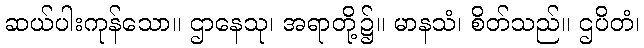
ဆယ်ပါးကုန်သော။ ဌာနေသု၊ အရာတို့၌။ မာနသံ၊ စိတ်သည်။ ဌပိတံ၊